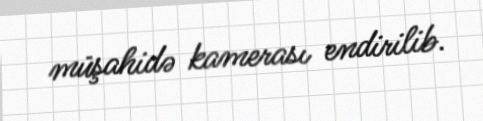
müşahidə kamerası endirilib.